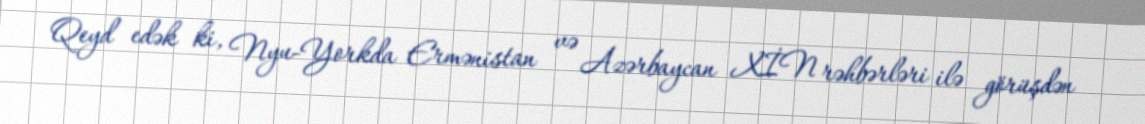
Qeyd edək ki, Nyu-Yorkda Ermənistan və Azərbaycan XİN rəhbərləri ilə görüşdən